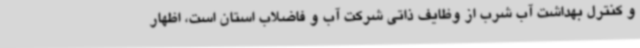
و کنترل بهداشت آب شرب از وظایف ذاتی شرکت آب و فاضلاب استان است، اظهار